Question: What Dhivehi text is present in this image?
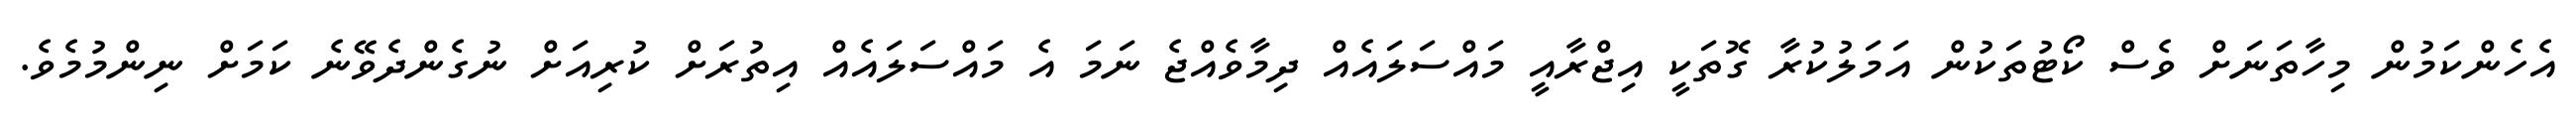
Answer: އެހެންކަމުން މިހާތަނަށް ވެސް ކޯޓުތަކުން އަމަލުކުރާ ގޮތަކީ އިޖްރާއީ މައްސަލައެއް ދިމާވެއްޖެ ނަމަ އެ މައްސަލައެއް އިތުރަށް ކުރިއަށް ނުގެންދެވޭނެ ކަމަށް ނިންމުމެވެ.